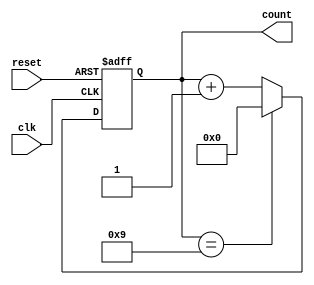
module decade_counter (
    input wire clk,      // Clock input
    input wire reset,    // Asynchronous reset input
    output reg [3:0] count // 4-bit count output
);

// Asynchronous reset and counting logic
always @(posedge clk or posedge reset) begin
    if (reset) begin
        count <= 4'b0000; // Reset count to 0
    end else begin
        if (count == 4'b1001) begin
            count <= 4'b0000; // Reset count to 0 when it reaches 10
        end else begin
            count <= count + 1; // Increment count
        end
    end
end

endmodule